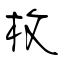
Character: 枚